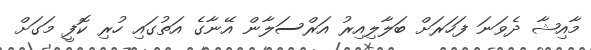
މާއިޝާ ދެވަނަ ފަހަރަށް ބަލާލިއިރު އަރްސަލާން އޭނާގެ އަތުގައި ހުރި ކޮފީ މަގަށް